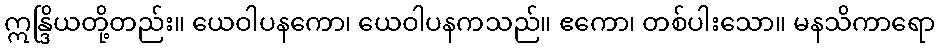
ဣန္ဒြိယတို့တည်း။ ယေဝါပနကော၊ ယေဝါပနကသည်။ ဧကော၊ တစ်ပါးသော။ မနသိကာရော